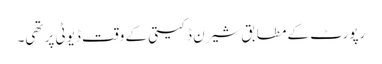
رپورٹ کے مطابق شیرن ڈکیتی کے وقت ڈیوٹی پر تھی۔